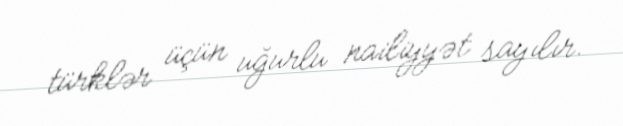
türklər üçün uğurlu nailiyyət sayılır.